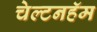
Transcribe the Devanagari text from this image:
चेल्टनहॅम